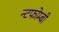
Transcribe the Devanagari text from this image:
न्टफोम्बी